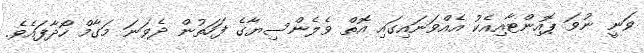
ވަނީ ނުވަ ޕޮއިންޓާއިއެކު އެއްވަނައިގައި އޮތް ވެލެންސިޔާގެ ފަހަތުން ދެވަނަ މަގާމް ހޯދާފައެވެ.